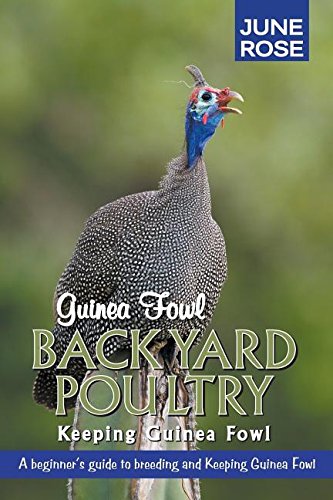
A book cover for Guinea Fowl, Backyard Poultry: Keeping Guinea Fowl; June Rose; Crafts, Hobbies & Home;